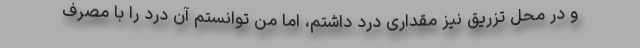
و در محل تزریق نیز مقداری درد داشتم، اما من توانستم آن درد را با مصرف